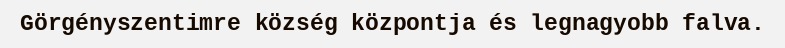
Görgényszentimre község központja és legnagyobb falva.